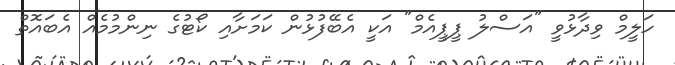
ހަލީމް ވިދާޅުވީ "އަސްލު ޕީޕީއެމް" އަކީ އެބޭފުޅުން ކަމަށާއި ކޯޓުގެ ނިންމުމެއް އެބައޮތް